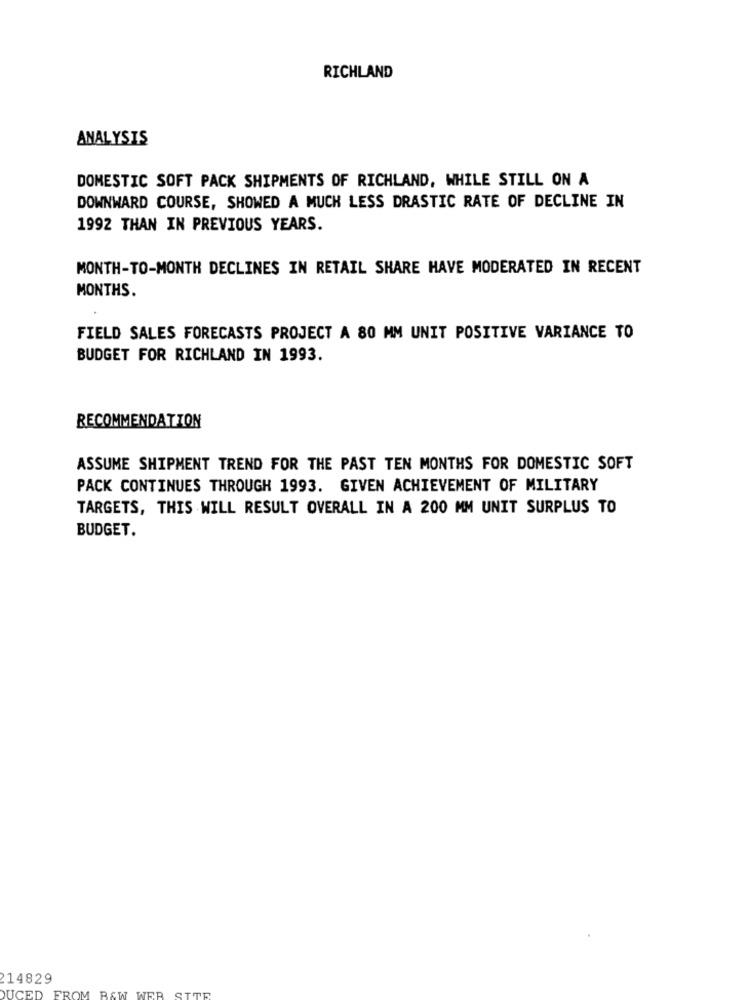
RICHLAND
ANALYSIS
DOMESTIC SOFT PACK SHIPMENTS OF RICHLAND, WHILE STILL ON A
DOWNWARD COURSE, SHOWED A MUCH LESS DRASTIC RATE OF DECLINE IN
1992 THAN IN PREVIOUS YEARS.
MONTH-TO-MONTH DECLINES IN RETAIL SHARE HAVE MODERATED IN RECENT
MONTHS.
FIELD SALES FORECASTS PROJECT A 80 MM UNIT POSITIVE VARIANCE TO
BUDGET FOR RICHLAND IN 1993.
RECOMMENDATION
ASSUME SHIPMENT TREND FOR THE PAST TEN MONTHS FOR DOMESTIC SOFT
PACK CONTINUES THROUGH 1993. GIVEN ACHIEVEMENT OF MILITARY
TARGETS, THIS WILL RESULT OVERALL IN A 200 MM UNIT SURPLUS TO
BUDGET.
214829
SITE
DUCED FROM BAW WER